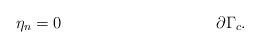
LaTeX: \begin{align*} \eta_n&=0 &\partial\Gamma_c.\end{align*}